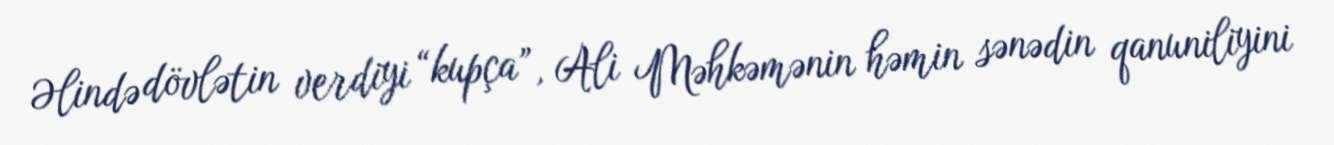
Əlində dövlətin verdiyi “kupça”, Ali Məhkəmənin həmin sənədin qanuniliyini